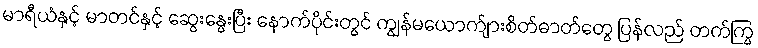
မာရီယံနှင့် မာတင်နှင့် ဆွေးနွေးပြီး နောက်ပိုင်းတွင် ကျွန်မယောက်ျားစိတ်ဓာတ်တွေ ပြန်လည် တက်ကြွ